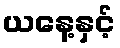
ယနေ့နှင့်